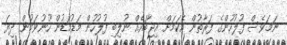
ނަމަވެސް ފުލުހުންގެ ފަރާތުން އެކަމަށް އިޖާބައެއް ނުލިބި ފުލުހުން މަޑުމަޑުން ހޫނުވަމުން ދިޔަ